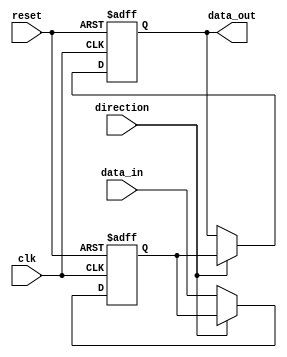
module io_buffer (
    input wire clk,
    input wire reset,
    input wire direction,
    input wire [7:0] data_in,
    output reg [7:0] data_out
);

reg [7:0] buffer_data;

always @(posedge clk or posedge reset) begin
    if (reset) begin
        data_out <= 8'b00000000;
        buffer_data <= 8'b00000000;
    end else begin
        if (direction) begin
            data_out <= buffer_data;
        end else begin
            buffer_data <= data_in;
        end
    end
end

endmodule